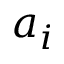
a _ { i }